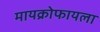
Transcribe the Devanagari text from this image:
मायक्रोफायला